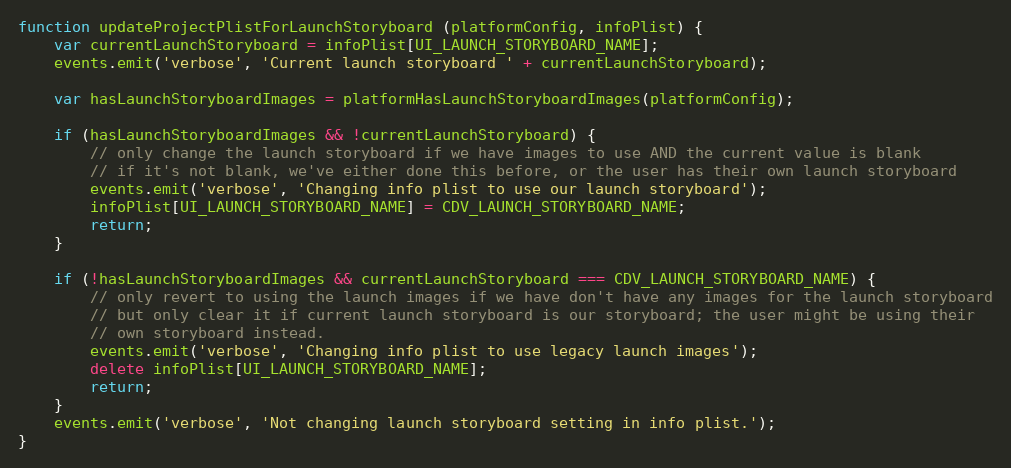
Language: JavaScript
function updateProjectPlistForLaunchStoryboard (platformConfig, infoPlist) {
    var currentLaunchStoryboard = infoPlist[UI_LAUNCH_STORYBOARD_NAME];
    events.emit('verbose', 'Current launch storyboard ' + currentLaunchStoryboard);

    var hasLaunchStoryboardImages = platformHasLaunchStoryboardImages(platformConfig);

    if (hasLaunchStoryboardImages && !currentLaunchStoryboard) {
        // only change the launch storyboard if we have images to use AND the current value is blank
        // if it's not blank, we've either done this before, or the user has their own launch storyboard
        events.emit('verbose', 'Changing info plist to use our launch storyboard');
        infoPlist[UI_LAUNCH_STORYBOARD_NAME] = CDV_LAUNCH_STORYBOARD_NAME;
        return;
    }

    if (!hasLaunchStoryboardImages && currentLaunchStoryboard === CDV_LAUNCH_STORYBOARD_NAME) {
        // only revert to using the launch images if we have don't have any images for the launch storyboard
        // but only clear it if current launch storyboard is our storyboard; the user might be using their
        // own storyboard instead.
        events.emit('verbose', 'Changing info plist to use legacy launch images');
        delete infoPlist[UI_LAUNCH_STORYBOARD_NAME];
        return;
    }
    events.emit('verbose', 'Not changing launch storyboard setting in info plist.');
}